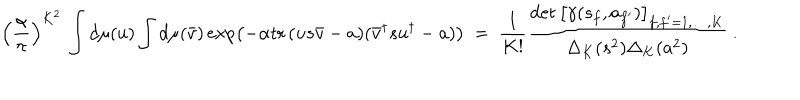
\left( \frac { \alpha } { \pi } \right) ^ { K ^ { 2 } } \, \int d \mu ( u ) \int d \mu ( \bar { v } ) \exp \left( - \alpha { \mathrm { t r } \, } ( u s \bar { v } - a ) ( \bar { v } ^ { \dagger } s u ^ { \dagger } - a ) \right) \ = \ \frac { 1 } { K ! } \frac { \det \left[ \gamma ( s _ { f } , a _ { f ^ { \prime } } ) \right] _ { f , f ^ { \prime } = 1 , \ldots , K } } { \Delta _ { K } ( s ^ { 2 } ) \Delta _ { K } ( a ^ { 2 } ) } \ .